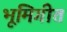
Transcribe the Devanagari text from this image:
भूमिगीत